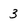
Character: 3